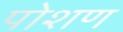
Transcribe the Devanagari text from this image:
पोशण